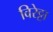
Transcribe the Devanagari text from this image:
विरेट्टा